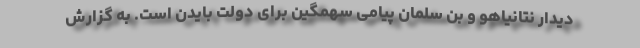
دیدار نتانیاهو و بن سلمان پیامی سهمگین برای دولت بایدن است. به گزارش